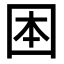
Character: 𡇐